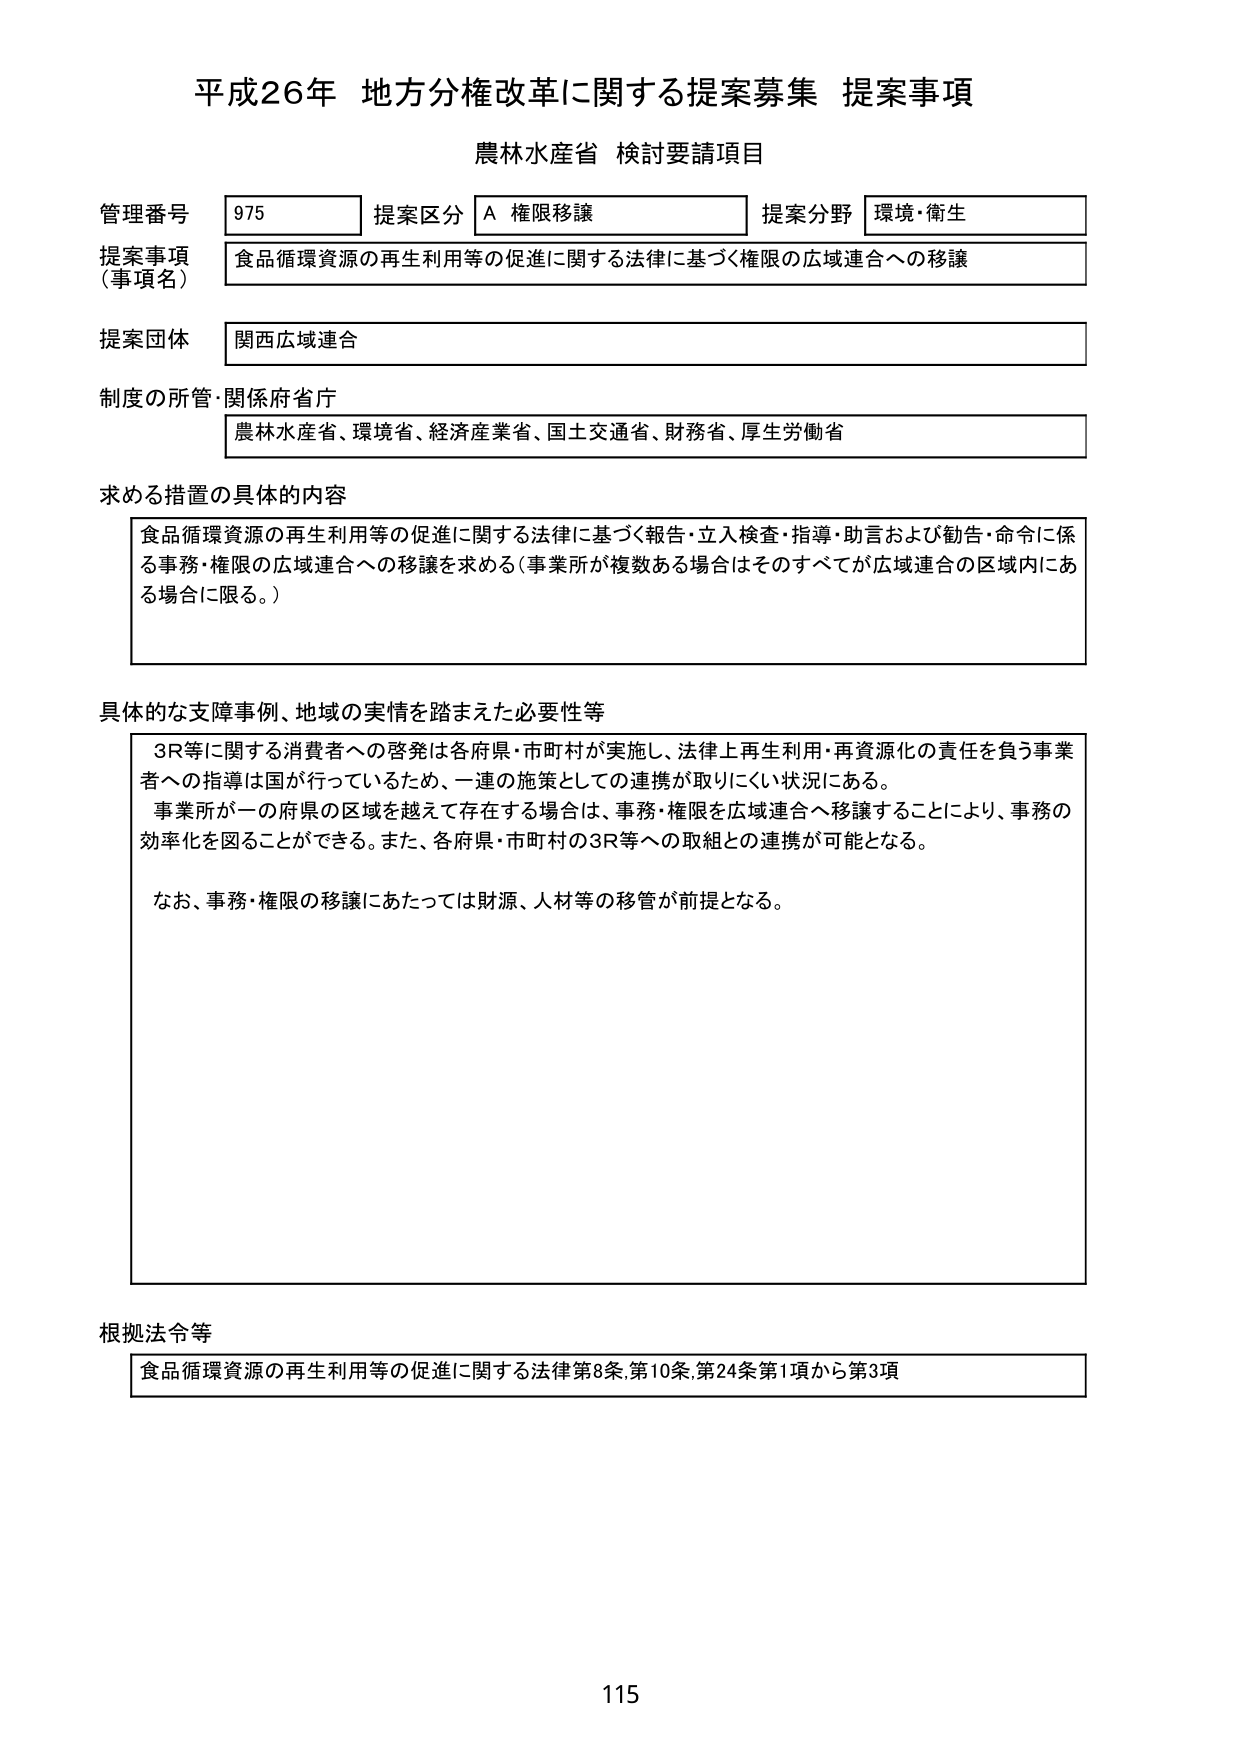
平成26年 地方分権改革に関する提案募集 提案事項
農林水産省 検討要請項目

管理番号 975 提案区分 A 権限移譲 提案分野 環境・衛生
提案事項（事項名） 食品循環資源の再生利用等の促進に関する法律に基づく権限の広域連合への移譲
提案団体 関西広域連合
制度の所管・関係府省庁 農林水産省、環境省、経済産業省、国土交通省、財務省、厚生労働省

求める措置の具体的内容
食品循環資源の再生利用等の促進に関する法律に基づく報告・立入検査・指導・助言および勧告・命令に係る事務・権限の広域連合への移譲を求める（事業所が複数ある場合はそのすべてが広域連合の区域内にある場合に限る。）

具体的な支障事例、地域の実情を踏まえた必要性等
3R等に関する消費者への啓発は各府県・市町村が実施し、法律上再生利用・再資源化の責任を負う事業者への指導は国が行っているため、一連の施策としての連携が取りにくい状況にある。
事業所が一の府県の区域を越えて存在する場合は、事務・権限を広域連合へ移譲することにより、事務の効率化を図ることができる。また、各府県・市町村の3R等への取組との連携が可能となる。
なお、事務・権限の移譲にあたっては財源、人材等の移管が前提となる。

根拠法令等
食品循環資源の再生利用等の促進に関する法律第8条、第10条、第24条第1項から第3項

115